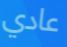
عادي